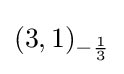
(3,1)_{-{\frac {1}{3}}}